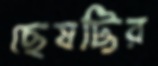
ছেষট্টির